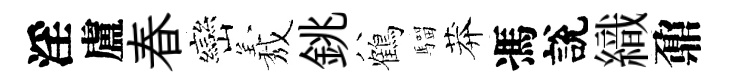
淫盧春巒𦏁銚鶴騮莽馮說織鼐